Madras plague regulations and rules - Volume 2
Disease focus: Plague
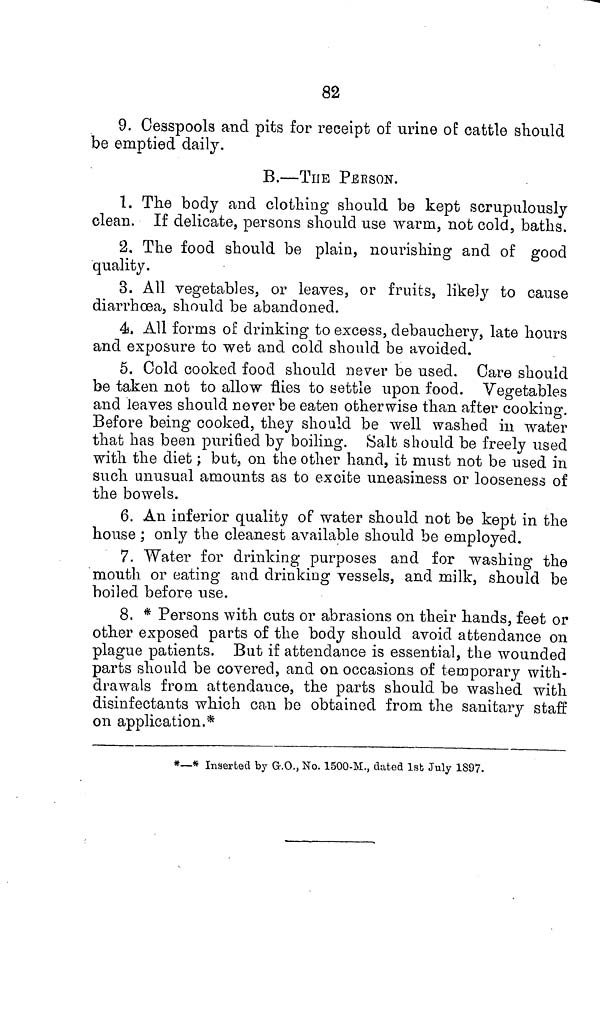
82
9. Cesspools and pits for receipt of urine of cattle should
be emptied daily.
B.—THE PEE SON.
1. The body and clothing should be kept scrupulously
clean. If delicate, persons should use warm, not cold, baths.
2. The food should be plain, nourishing and of good
quality.
3. All vegetables, or leaves, or fruits, likely to cause
diarrhoea, should be abandoned.
4. All forms of drinking to excess, debauchery, late hours
and exposure to wet and cold should be avoided.
5. Cold cooked food should never be used. Care should
be taken not to allow flies to settle upon food. Vegetables
and leaves should never be eaten otherwise than after cooking.
Before being cooked, they should be well washed in water
that has been purified by boiling. Salt should be freely used
with the diet; but, on the other hand, it must not be used in
such unusual amounts as to excite uneasiness or looseness of
the bowels.
6. An inferior quality of water should not be kept in the
house ; only the cleanest available should be employed.
7. Water for drinking purposes and for washing the
mouth or eating and drinking vessels, and milk, should be
boiled before use.
8. * Persons with cuts or abrasions on their hands, feet or
other exposed parts of the body should avoid attendance on
plague patients. But if attendance is essential, the wounded
parts should be covered, and on occasions of temporary with-
drawals from attendance, the parts should be washed with
disinfectants which can be obtained from the sanitary staff
on application.*
*—* Inserted by G.O., No. 1500-M., dated 1st July 1897.